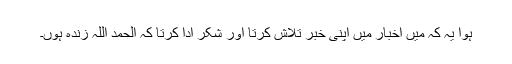
ہوا یہ کہ میں اخبار میں اپنی خبر تلاش کرتا اور شکر ادا کرتا کہ الحمد اللہ زندہ ہوں۔